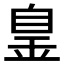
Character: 𦤐